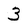
Character: 3